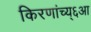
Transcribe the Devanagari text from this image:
किरणांच्य्६आ